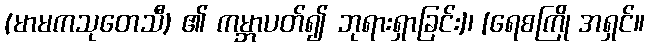
(မာမကသုတေသီ) ၏ ကမ္ဘာပတ်၍ ဘုရားရှာခြင်း]၊ [ရေစကြို အရှင်။